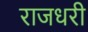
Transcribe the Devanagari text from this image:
राजधरी